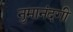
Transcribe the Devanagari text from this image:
नुमानंदगी